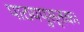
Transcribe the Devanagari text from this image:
पाठयपुस्तक।